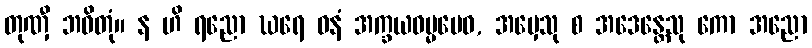
တုဏှီ ဘဝိတုံ။ န ဟိ ရညော ဃရေ ဓနံ အက္ခယဓမ္မမေဝ, အမှေသု စ အဒေန္တေသု ကော အညော